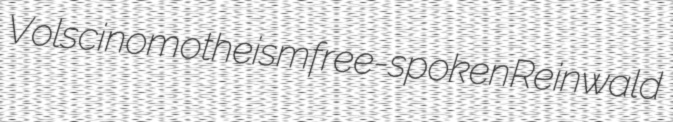
Volsci nomotheism free-spoken Reinwald